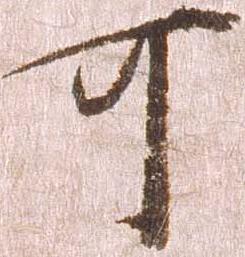
可